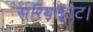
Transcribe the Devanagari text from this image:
सरियाहाट।